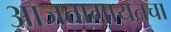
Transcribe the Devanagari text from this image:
आजतागायतचा